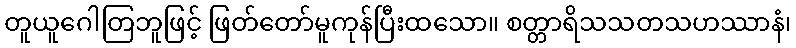
တူယူဂေါတြဘူဖြင့် ဖြတ်တော်မူကုန်ပြီးထသော။ စတ္တာရိသသတသဟဿာနံ၊